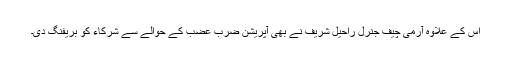
اس کے علاوہ آرمی چیف جنرل راحیل شریف نے بھی آپریشن ضرب عضب کے حوالے سے شرکاء کو بریفنگ دی۔